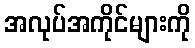
အလုပ်အကိုင်များကို